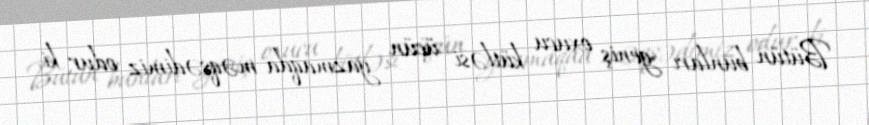
Bütün bunları geniş oxucu kütləsi üçün yazmaqda məqsədimiz odur ki,